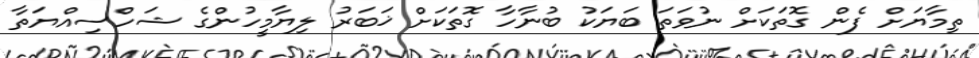
ތިމާޔަށް ފެން ގޮތަކަށް ނުވަތަ ބަޔަކު ބުނާހާ ގޮތަކަށް ޚަބަރު ލިޔާމީހުންގެ ޝަހްސިއްޔަތާ